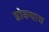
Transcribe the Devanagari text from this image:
डोक्याच